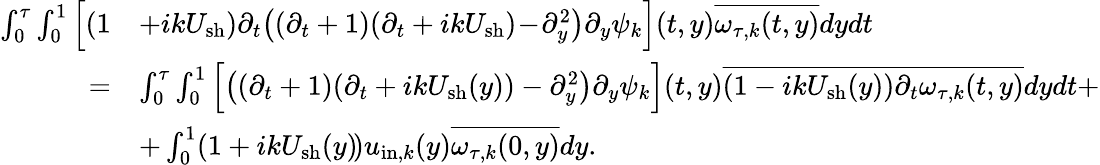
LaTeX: \begin{array}{rl}{\int_{0}^{\tau}\int_{0}^{1}\Big[(1}&{+ikU_{\mathrm{sh}})\partial_{t}\big((\partial_{t}+1)(\partial_{t}+ikU_{\mathrm{sh}})\! -\! \partial_{y}^{2}\big)\partial_{y}\psi_{k}\Big](t,y)\overline{{\omega_{\tau,k}(t,y)}}dydt}\\ {=}&{\int_{0}^{\tau}\int_{0}^{1}\Big[\big((\partial_{t}+1)(\partial_{t}+ikU_{\mathrm{sh}}(y))-\partial_{y}^{2}\big)\partial_{y}\psi_{k}\Big](t,y)\overline{{(1-ikU_{\mathrm{sh}}(y))\partial_{t}\omega_{\tau,k}(t,y)}}dydt+}\\ &{+\int_{0}^{1}(1+ikU_{\mathrm{sh}}(y)\! )u_{\mathrm{in},k}(y)\overline{{\omega_{\tau,k}(0,y)}}dy.}\end{array}